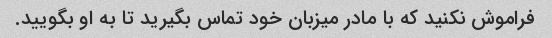
فراموش نکنید که با مادر میزبان خود تماس بگیرید تا به او بگویید.